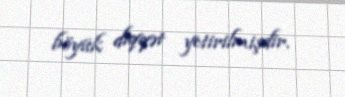
böyük diqqət yetirilmişdir.